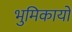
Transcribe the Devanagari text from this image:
भुमिकायों